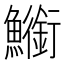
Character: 䲗